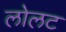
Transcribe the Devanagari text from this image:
लोलट